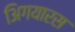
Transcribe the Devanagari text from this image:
अिगयारस